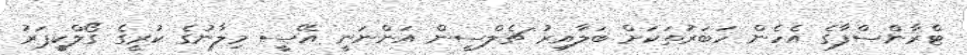
ޓްރާންސްފާގެ އެހެން ހަބަރުތަކަށް ބަލާއިރު ޗެލްސީން އަންނަނީ އޭސީ މިލާނުގެ ކުރީގެ ގޯލްކީޕަރު